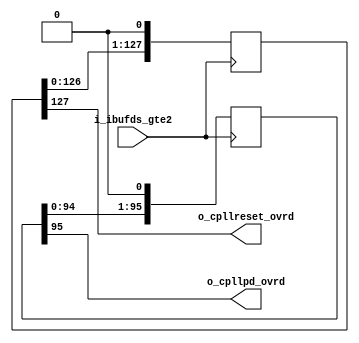
//-----------------------------------------------------------------------------
//
// (c) Copyright 2010-2011 Xilinx, Inc. All rights reserved.
//
// This file contains confidential and proprietary information
// of Xilinx, Inc. and is protected under U.S. and
// international copyright and other intellectual property
// laws.
//
// DISCLAIMER
// This disclaimer is not a license and does not grant any
// rights to the materials distributed herewith. Except as
// otherwise provided in a valid license issued to you by
// Xilinx, and to the maximum extent permitted by applicable
// law: (1) THESE MATERIALS ARE MADE AVAILABLE "AS IS" AND
// WITH ALL FAULTS, AND XILINX HEREBY DISCLAIMS ALL WARRANTIES
// AND CONDITIONS, EXPRESS, IMPLIED, OR STATUTORY, INCLUDING
// BUT NOT LIMITED TO WARRANTIES OF MERCHANTABILITY, NON-
// INFRINGEMENT, OR FITNESS FOR ANY PARTICULAR PURPOSE; and
// (2) Xilinx shall not be liable (whether in contract or tort,
// including negligence, or under any other theory of
// liability) for any loss or damage of any kind or nature
// related to, arising under or in connection with these
// materials, including for any direct, or any indirect,
// special, incidental, or consequential loss or damage
// (including loss of data, profits, goodwill, or any type of
// loss or damage suffered as a result of any action brought
// by a third party) even if such damage or loss was
// reasonably foreseeable or Xilinx had been advised of the
// possibility of the same.
//
// CRITICAL APPLICATIONS
// Xilinx products are not designed or intended to be fail-
// safe, or for use in any application requiring fail-safe
// performance, such as life-support or safety devices or
// systems, Class III medical devices, nuclear facilities,
// applications related to the deployment of airbags, or any
// other applications that could lead to death, personal
// injury, or severe property or environmental damage
// (individually and collectively, "Critical
// Applications"). Customer assumes the sole risk and
// liability of any use of Xilinx products in Critical
// Applications, subject only to applicable laws and
// regulations governing limitations on product liability.
//
// THIS COPYRIGHT NOTICE AND DISCLAIMER MUST BE RETAINED AS
// PART OF THIS FILE AT ALL TIMES.
//
//-----------------------------------------------------------------------------
// Project    : Series-7 Integrated Block for PCI Express
// Version    : 3.2
`timescale 1ns / 1ps
module PCIeGen2x8If128_gtx_cpllpd_ovrd (                                                                                        
    input   i_ibufds_gte2,                                                                                     
    output  o_cpllpd_ovrd,                                                                                     
    output  o_cpllreset_ovrd                                                                                   
    );                                                                                                         
    (* equivalent_register_removal="no" *)  reg [95:0] cpllpd_wait = 96'hFFFFFFFFFFFFFFFFFFFFFFFF;             
    (* equivalent_register_removal="no" *)  reg [127:0] cpllreset_wait = 128'h000000000000000000000000000000FF;
    always @(posedge i_ibufds_gte2)                                                                            
    begin                                                                                                      
        cpllpd_wait <= {cpllpd_wait[94:0], 1'b0};                                                              
        cpllreset_wait <= {cpllreset_wait[126:0], 1'b0};                                                       
    end                                                                                                        
    assign o_cpllpd_ovrd = cpllpd_wait[95];                                                                    
    assign o_cpllreset_ovrd = cpllreset_wait[127];                                                             
endmodule